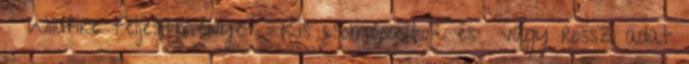
Wildfire teljesítménye ● Kis csomópontok és vagy rossz adat